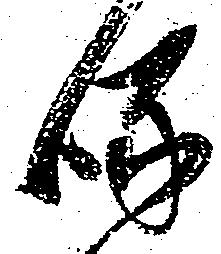
啄